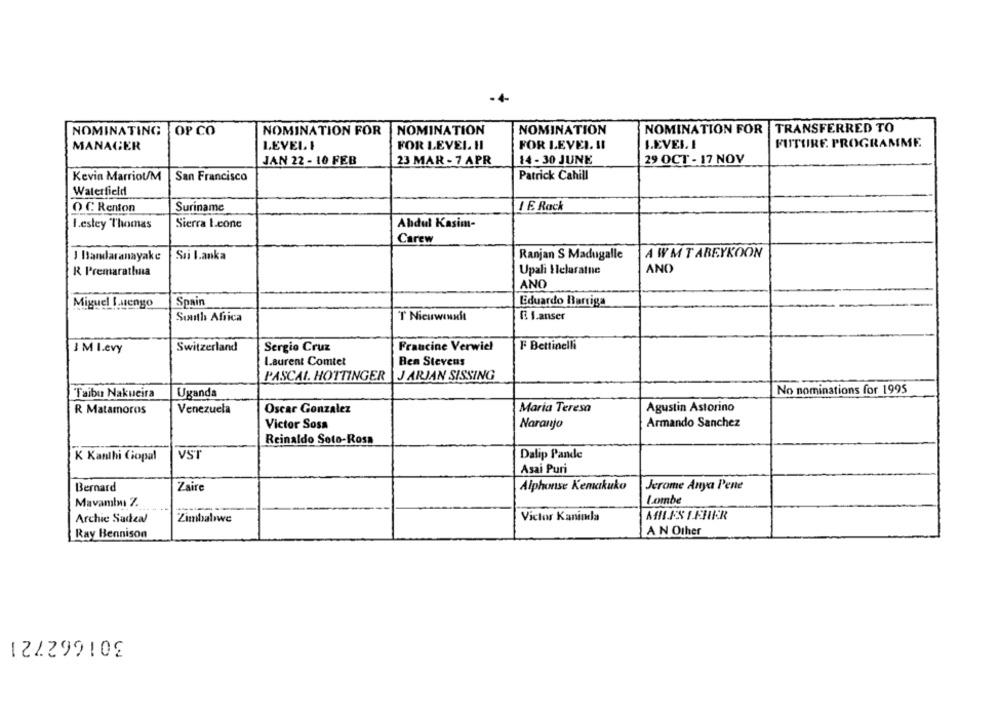
-+-
NOMINATION FOR
TRANSFERRED TO
NOMINATING OP CO
NOMINATION FOR
NOMINATION
NOMINATION
FUTURE PROGRAMME
MANAGER
LEVEL I
FOR LEVEL HI
FOR LEVEL !!
LEVEL. I
JAN 22 - 10 FEB
23 MAR - 7 APR
14 - 30 JUNE
29 OCT - 17 NOV
Kevin Marriot/M
San Francisco
Patrick Cahill
Waterfield
O C Renton
Suriname
1 E. Rack
Sierra Leone
1.estey Thomas
Abdul Kasim-
Carew
J Bandaranayake
Sri Lanka
Ranjan S Madugalle
A WMT ABEYKOON
R Premarathna
Upali Ilelasatne
AND
ANO
Miguel Luengo
Spain
Eduardo Barriga
E3 1.anser
South Africa
T Nieuwenexit
3 M I.evy
Switzerland
Sergio Cruz
Francine Verwiel
F Bettinelli
Laurent Comtet
Ben Stevens
PASCAL. HOTTINGER
J ARJAN SISSING
Taibu Nakueira
Uganda
No nominations for 1995
R Matamoros
Venezuela
Oscar Gonzalez
Maria Teresa
Agustin Astorino
Naranjo
Armando Sanchez
Victor Sosa
Reinaldo Soto-Ross
K Kanthi Gopal
VST
Dalip Pande
Asai Puri
Bernard
Zaire
Alphonse Kemakuko
Jerome Anya Pene
Mavamlm 7.
Lombe
Victor Kaninda
AMILFSICHER
Archie Sadeal
Zimbabwe
AN Other
Ray Bennison
301662721